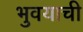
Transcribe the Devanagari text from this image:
भुवयाची